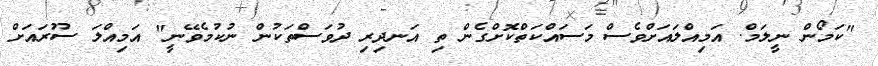
"ކަމޯން ނީލަމް. އަމިއްލައަށްވެސް މަސައްކަތްކޮށްގެން ތި އަނދިރި ދުވަސްތަކުން ނުކުމެވޭނީ" އަމިއްލަ ސޫރައަށް